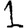
Digit: 1